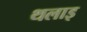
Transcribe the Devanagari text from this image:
थलाइ